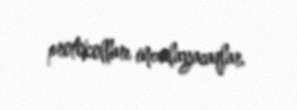
protokolları imzalayacaqlar.